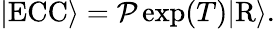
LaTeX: \begin{array}{r}{\vert\mathrm{ECC}\rangle=\mathcal{P}\exp(T)\vert\mathrm{R}\rangle.}\end{array}